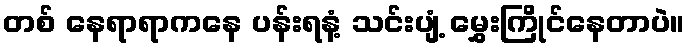
တစ် နေရာရာကနေ ပန်းရနံ့ သင်းပျံ့ မွှေးကြိုင်နေတာပဲ။